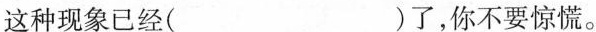
这种现象已经( )了，你不要惊慌。